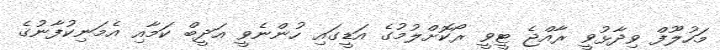
މަހުލޫފް ވިދާޅުވީ ރާއްޖެ ޓީވީ ރޯކޮށްލުމުގެ އަޑީގައި ހުންނެވީ އަދީބް ކަމާއި އެމަނިކުފާނުގެ